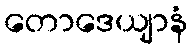
တောဒေယျာနံ